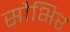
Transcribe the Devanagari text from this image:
सौभिर